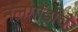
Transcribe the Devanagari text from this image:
नलगोंडाचे